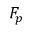
F _ { p }